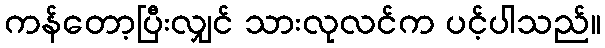
ကန်တော့ပြီးလျှင် သားလုလင်က ပင့်ပါသည်။